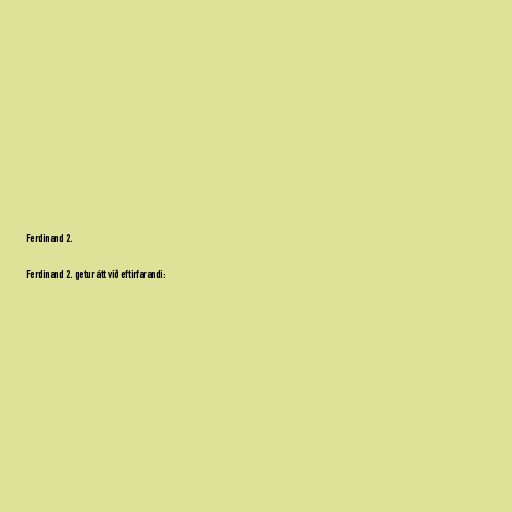
Ferdinand 2.

Ferdinand 2. getur átt við eftirfarandi: